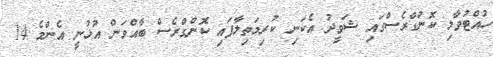
ހުއްޓުވާލި ކޮންގްރެސްގައި ޝަވީދު އެކަނި ކުރިމަތިލާފައި ކޮންގްރެސް ބާއްވަން އުޅުނީ އެންމެ 14